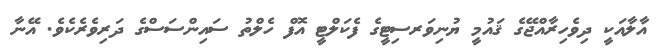
އާލާއަކީ ދިވެހިރާއްޖޭގެ ޤައުމީ ޔުނިވަރސިޓީގެ ފެކަލްޓީ އޮފް ހެލްތު ސައިންސަސްގެ ދަރިވެރެކެވެ. އޭނާ